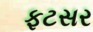
ફટસર